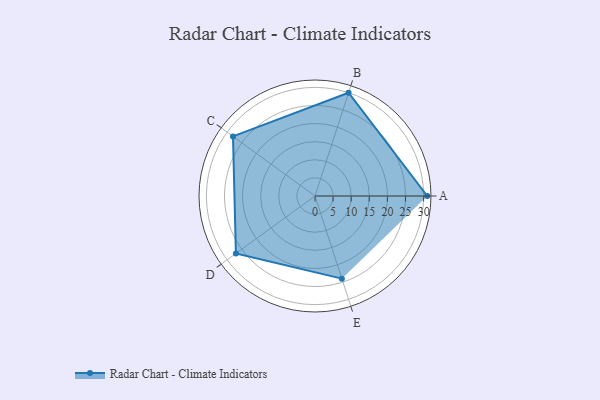
{"axis": {"x": "Skill", "y": "Score"}, "legend": ["Profile"], "data": [{"x": "A", "y": 31.0, "type": "Profile"}, {"x": "B", "y": 30.0, "type": "Profile"}, {"x": "C", "y": 28.0, "type": "Profile"}, {"x": "D", "y": 27.0, "type": "Profile"}, {"x": "E", "y": 24.0, "type": "Profile"}]}